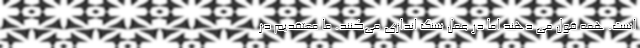
است. همه قول می دهند اما در عمل سنگ اندازی می‌کنند. ما معتقدیم در